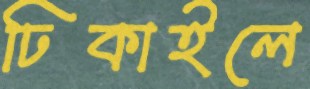
ঢিকাইলে